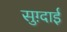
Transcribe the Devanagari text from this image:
सुग़्दाई